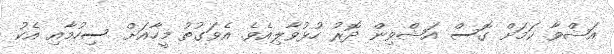
އަޝްވާ ކަމަށް ގޮސް އަޝްވިން ދޮރު ހުޅުވާލިއެވެ. އެވަގުތު މީހާއަށް ސިހުމާއި އެކު